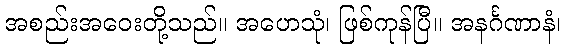
အစည်းအဝေးတို့သည်။ အဟေသုံ၊ ဖြစ်ကုန်ပြီ။ အနင်္ဂဏာနံ၊